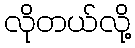
လိုတယ်လို့